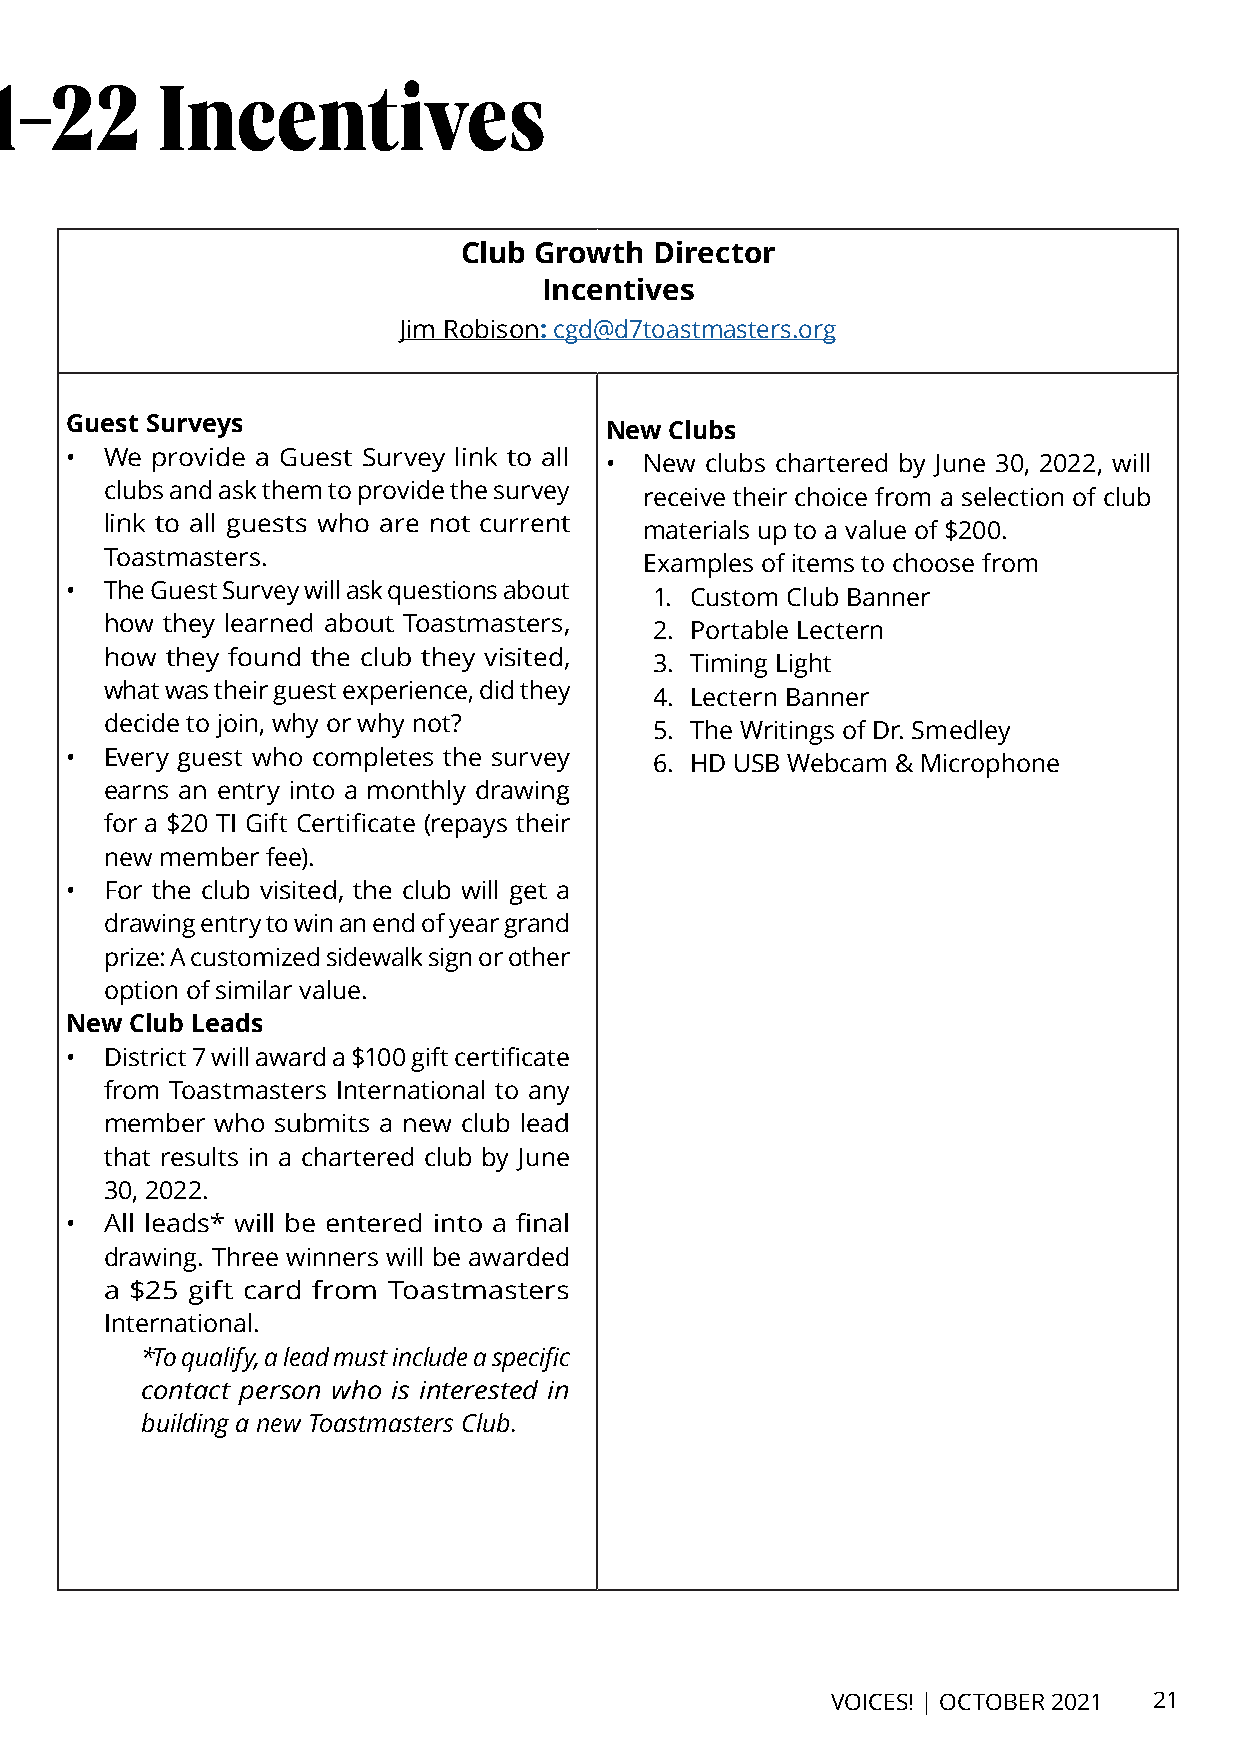
District 7 2021-22 Incentives
 Club Growth  Director
 Incentives
 Jim Robison: cgd@d7toastmasters.org
 Guest Surveys
 New Clubs
 •  We provide a Guest Survey link to all
 •  New clubs chartered by June 30, 2022, will
 clubs and ask them to provide the survey
 receive their choice from a selection of club
 link to all guests who are not current
 materials up to a value of $200.
 Toastmasters.
 Examples of items to choose from
 •  The Guest Survey will ask questions about
 1. Custom Club Banner
 how they learned about Toastmasters,
 2. Portable Lectern
 how they found the club they visited,
 3. Timing Light
 what was their guest experience, did they
 4. Lectern Banner
 decide to join, why or why not?
 5. The Writings of Dr. Smedley
 •  Every guest who completes the survey
 6. HD USB Webcam & Microphone
 earns an entry into a monthly drawing
 for a $20 TI Gift Certificate (repays their
 new member fee).
 •  For the club visited, the club will get a
 drawing entry to win an end of year grand
 prize: A customized sidewalk sign or other
 option of similar value.
 New  Club Leads
 •  District 7 will award a $100 gift certificate
 from Toastmasters International to any
 member who submits a new club lead
 that results in a chartered club by June
 30, 2022.
 •  All leads* will be entered into a final
 drawing. Three winners will be awarded
 a $25 gift card from Toastmasters
 International.
 *To qualify, a lead must include a specific
 contact person who is interested in
 building a new Toastmasters Club.
 VOICES! | OCTOBER 2021 21